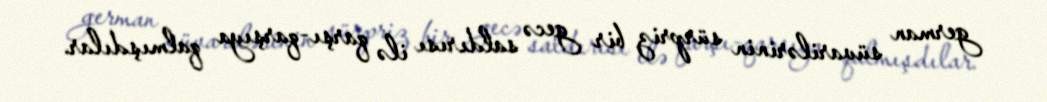
german süvarilərinin sürpriz bir gecə saldırısı ilə qarşı-qarşıya qalmışdılar.